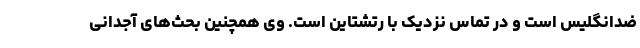
ضدانگلیس است و در تماس نزدیک با رتشتاین است. وی همچنین بحث‌های آجدانی